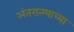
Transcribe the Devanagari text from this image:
अंतरात्म्याच्या